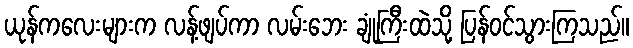
ယုန်ကလေးများက လန့်ဖျပ်ကာ လမ်းဘေး ချုံကြီးထဲသို့ ပြန်ဝင်သွားကြသည်။